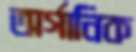
অর্গানিক